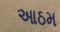
આઠમ